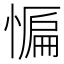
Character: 𭞒